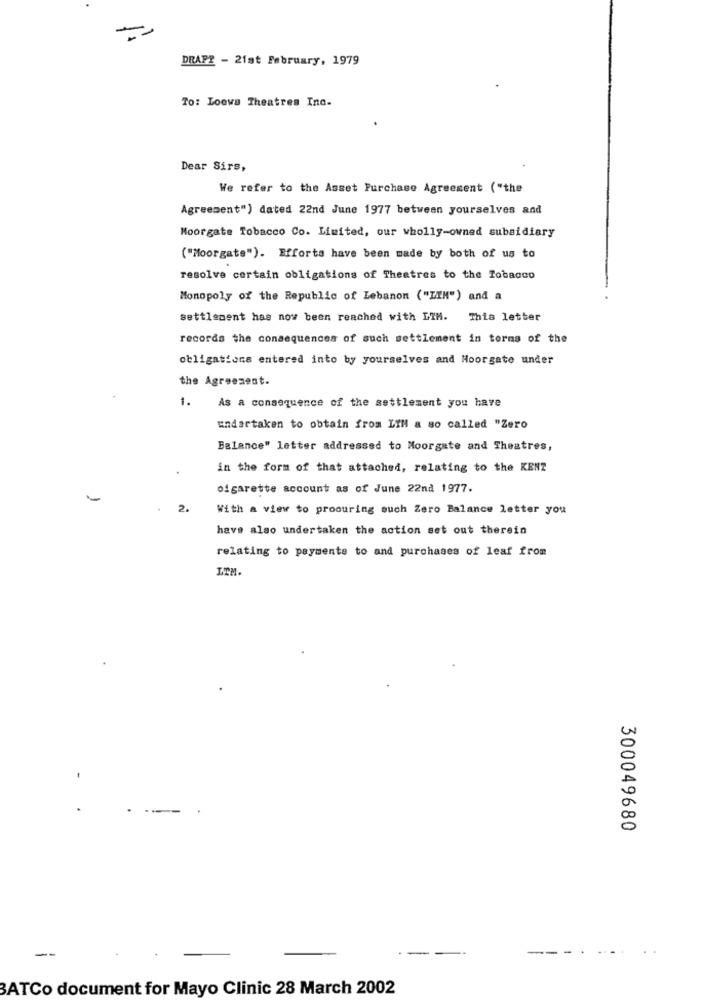
-
DRAPE - 21st February, 1979
To: Loews Theatres Inc.
Dear Sirs,
We refer to the Asset Purchase Agreement ("the
Agreement") dated 22nd June 1977 between yourselves and
Moorgate Tobacco Co. Limited, our wholly-owned subsidiary
("Moorgate"). Efforts have been made by both of us to
resolve certain obligations of Theatres to the Tobacco
Monopoly of the Republic of Lebanon ("LIM") and a
settlement has now been reached with LIM.
This letter
records the consequences of such settlement in terms of the
obligations entered into by yourselves and Moorgate under
the Agreement.
1.
As a consequence of the settlement you have
undertaken to obtain from Lill a so called "Zero
Balance" letter addressed to Moorgate and Theatres,
in the form of that attached, relating to the KENZ
cigarette account as of June 22nd 1977.
-
2.
With a view to procuring such Zero Balance letter you
have also undertaken the action set out therein
relating to payments to and purchases of leaf from
LTM.
300049680
-
. .
BATCo document for Mayo Clinic 28 March 2002